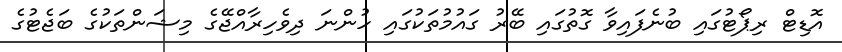
އޮޑިޓް ރިޕޯޓުގައި ބުނެފައިވާ ގޮތުގައި ބޭރު ގައުމުތަކުގައި ހުންނަ ދިވެހިރާއްޖޭގެ މިޝަންތަކުގެ ބަޖެޓުގެ